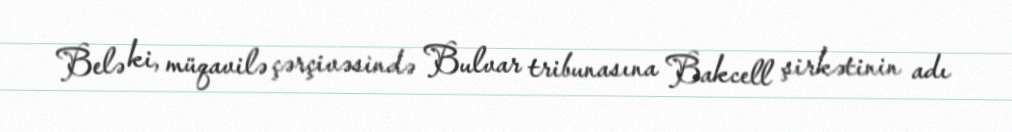
Belə ki, müqavilə çərçivəsində Bulvar tribunasına Bakcell şirkətinin adı